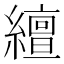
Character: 繵